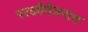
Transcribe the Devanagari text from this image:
परळीवैजनाथ